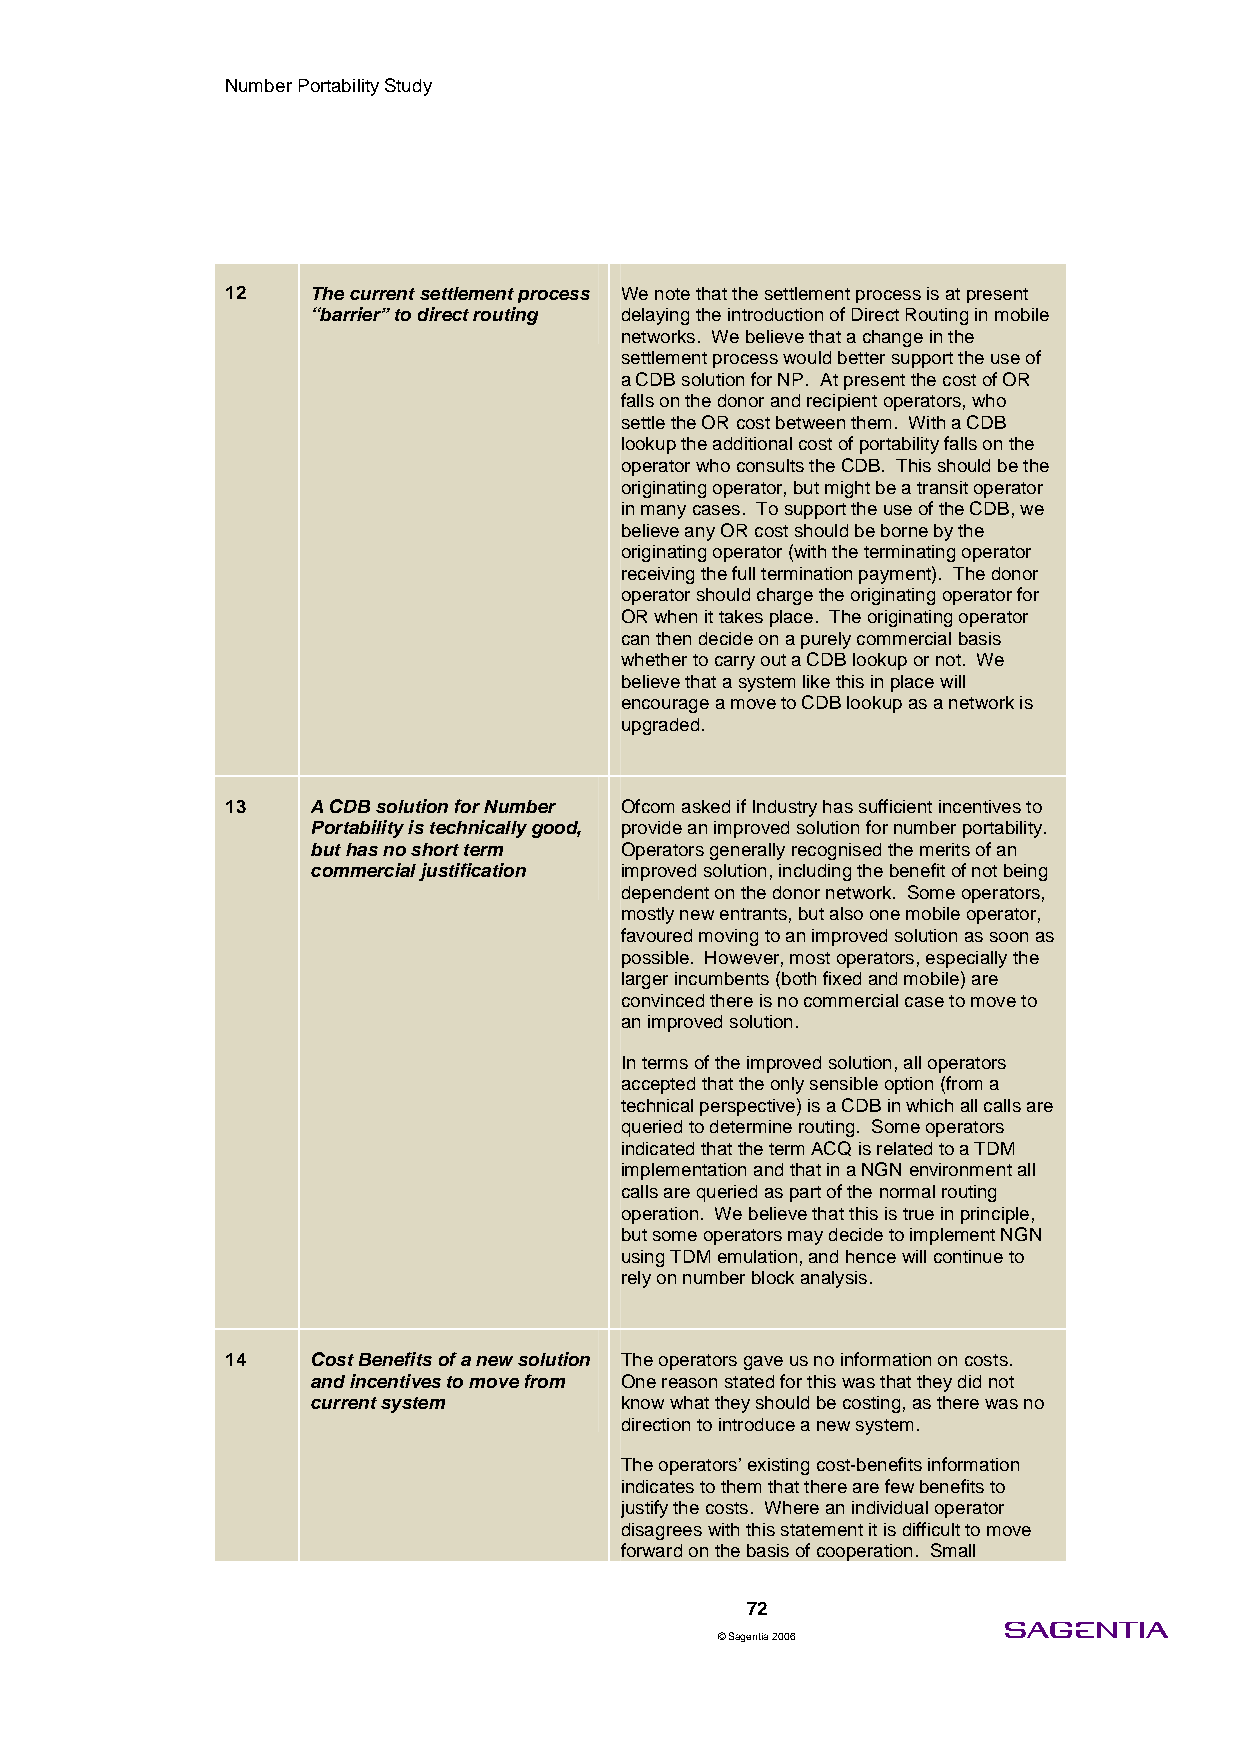
Number Portability Study
 12    The current settlement process We note that the settlement process is at present
 “barrier” to direct routing delaying the introduction of Direct Routing in mobile
 networks. We believe that a change in the
 settlement process would better support the use of
 a CDB solution for NP. At present the cost of OR
 falls on the donor and recipient operators, who
 settle the OR cost between them. With a CDB
 lookup the additional cost of portability falls on the
 operator who consults the CDB. This should be the
 originating operator, but might be a transit operator
 in many cases. To support the use of the CDB, we
 believe any OR cost should be borne by the
 originating operator (with the terminating operator
 receiving the full termination payment). The donor
 operator should charge the originating operator for
 OR when it takes place. The originating operator
 can then decide on a purely commercial basis
 whether to carry out a CDB lookup or not. We
 believe that a system like this in place will
 encourage a move to CDB lookup as a network is
 upgraded.
 13    A CDB solution for Number Ofcom asked if Industry has sufficient incentives to
 Portability is technically good, provide an improved solution for number portability.
 but has no short term Operators generally recognised the merits of an
 commercial justification improved solution, including the benefit of not being
 dependent on the donor network. Some operators,
 mostly new entrants, but also one mobile operator,
 favoured moving to an improved solution as soon as
 possible. However, most operators, especially the
 larger incumbents (both fixed and mobile) are
 convinced there is no commercial case to move to
 an improved solution.
 In terms of the improved solution, all operators
 accepted that the only sensible option (from a
 technical perspective) is a CDB in which all calls are
 queried to determine routing. Some operators
 indicated that the term ACQ is related to a TDM
 implementation and that in a NGN environment all
 calls are queried as part of the normal routing
 operation. We believe that this is true in principle,
 but some operators may decide to implement NGN
 using TDM emulation, and hence will continue to
 rely on number block analysis.
 14    Cost Benefits of a new solution The operators gave us no information on costs.
 and incentives to move from One reason stated for this was that they did not
 current system      know what they should be costing, as there was no
 direction to introduce a new system.
 The operators’ existing cost-benefits information
 indicates to them that there are few benefits to
 justify the costs. Where an individual operator
 disagrees with this statement it is difficult to move
 forward on the basis of cooperation. Small
 72
 © Sagentia 2006